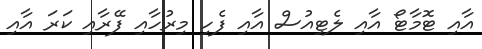
އާއި ޓޮމާޓޯ އާއި ލެޓިއުސް އާއި ފެހި މިރުހާއި ފޭރާއި ކަރަ އާއި